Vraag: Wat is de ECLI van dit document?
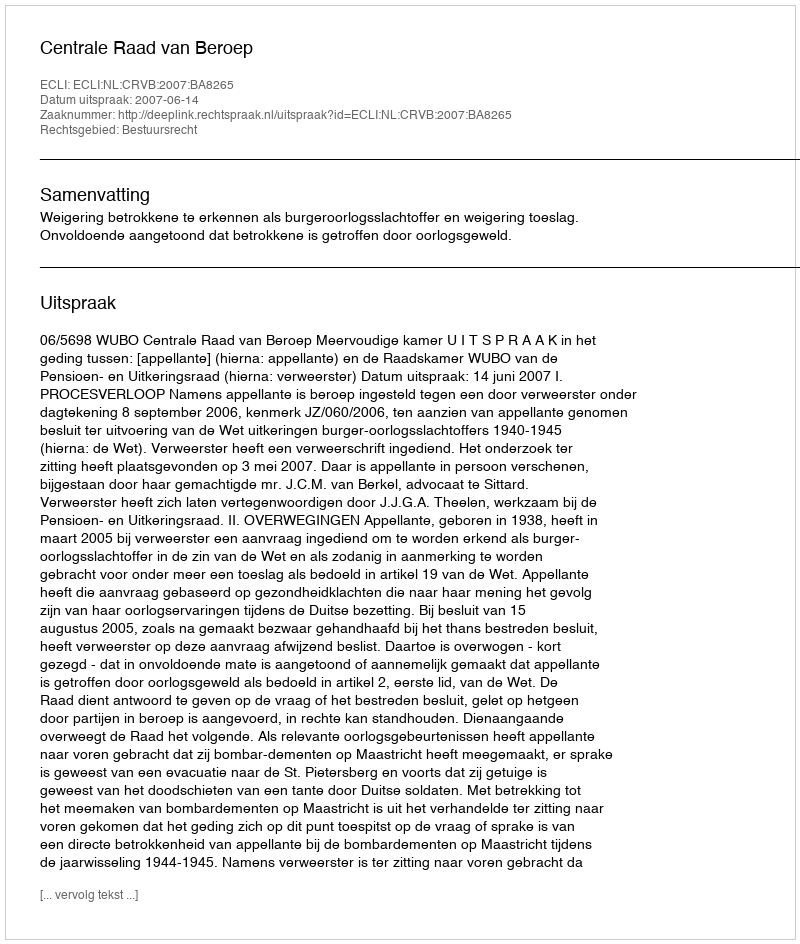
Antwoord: ECLI:NL:CRVB:2007:BA8265